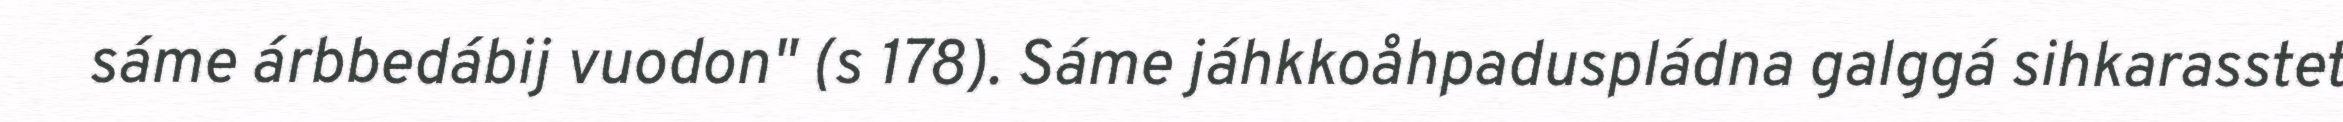
sáme árbbedábij vuodon" (s 178). Sáme jáhkkoåhpaduspládna galggá sihkarasstet